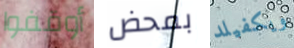
أوقفوا بمحض ويكفيلد